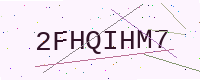
Text: 2FHQIHM7